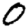
Digit: 0